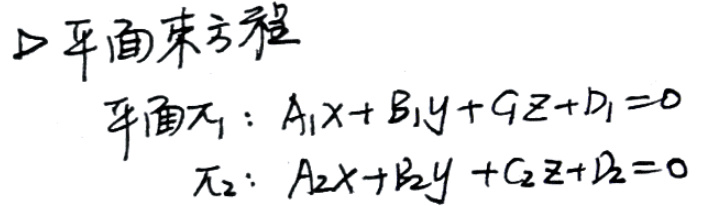
平面束方程\\
平面\(\pi_1:A_1x + B_1y + C_1z+D_1 = 0\)\\
\(\pi_2:A_2x + B_2y + C_2z+D_2 = 0\)